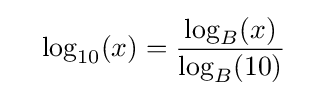
\quad \log _{10}(x)={\frac {\log _{B}(x)}{\log _{B}(10)}}\quad